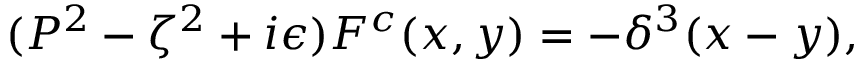
( P ^ { 2 } - \zeta ^ { 2 } + i \epsilon ) { \cal F } ^ { c } ( x , y ) = - \delta ^ { 3 } ( x - y ) ,